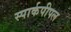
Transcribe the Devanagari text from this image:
स्पार्कपीपल